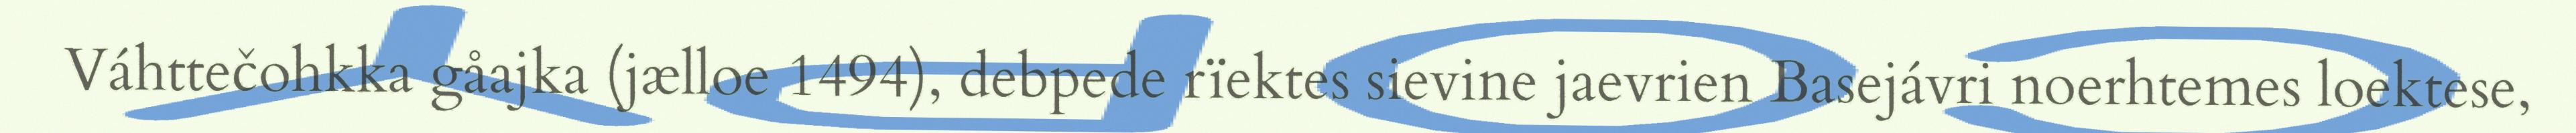
Váhttečohkka gåajka (jælloe 1494), debpede rïektes sievine jaevrien Basejávri noerhtemes loektese,